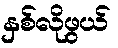
နှစ်လိုဖွယ်